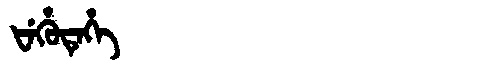
Manchu: ᡶᡝᡥᡠᡨᡝᡥᡝ
Romanization: FEHUTEHE